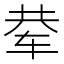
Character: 𰺅